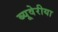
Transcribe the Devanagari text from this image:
ब्‍यूवेरीया